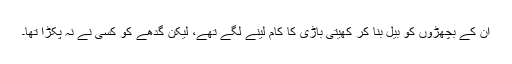
ان کے بچھڑوں کو بیل بنا کر کھیتی باڑی کا کام لینے لگے تھے، لیکن گدھے کو کسی نے نہ پکڑا تھا۔